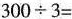
$$300\div3=$$